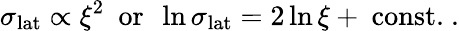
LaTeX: \sigma_{\mathrm{lat}}\propto\xi^{2}~~\mathrm{or}~~\ln\sigma_{\mathrm{lat}}=2\ln\xi+~\mathrm{const.}~.